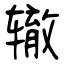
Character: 辙